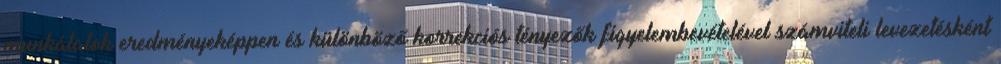
munkálatok eredményeképpen és különböző korrekciós tényezők figyelembevételével számviteli levezetésként